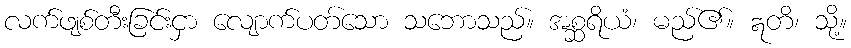
လက်ဖျစ်တီးခြင်းငှာ လျောက်ပတ်သော သဘောသည်။ အစ္ဆရိယံ၊ မည်၏။ ဣတိ၊ သို့။